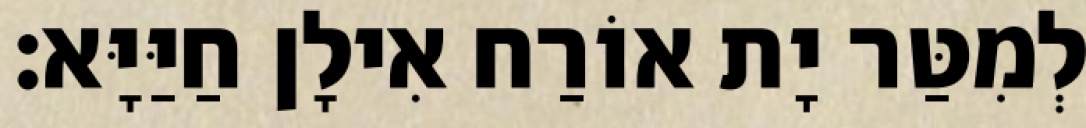
לְמִטַּר יָת אוֹרַח אִילָן חַיַּיָּא׃